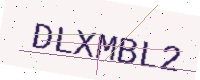
Text: DLXMBL2